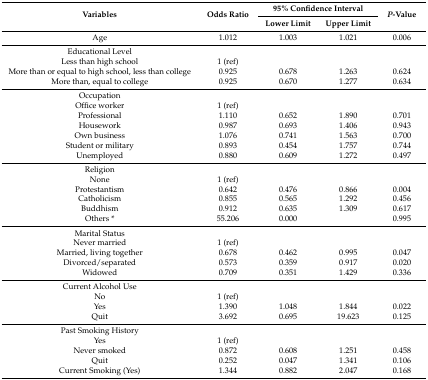
<table><thead><tr><td rowspan="2"><b>Variables</b></td><td rowspan="2"><b>Odds Ratio</b></td><td colspan="2"><b>95% Confidence Interval</b></td><td rowspan="2"><b><i>P</i>-Value</b></td></tr><tr><td><b>Lower Limit</b></td><td><b>Upper Limit</b></td></tr></thead><tbody><tr><td>Age</td><td>1.012</td><td>1.003</td><td>1.021</td><td>0.006</td></tr><tr><td>Educational Level</td><td></td><td></td><td></td><td></td></tr><tr><td>Less than high school</td><td>1 (ref)</td><td></td><td></td><td></td></tr><tr><td>More than or equal to high school, less than college</td><td>0.925</td><td>0.678</td><td>1.263</td><td>0.624</td></tr><tr><td>More than, equal to college</td><td>0.925</td><td>0.670</td><td>1.277</td><td>0.634</td></tr><tr><td>Occupation</td><td></td><td></td><td></td><td></td></tr><tr><td>Office worker</td><td>1 (ref)</td><td></td><td></td><td></td></tr><tr><td>Professional</td><td>1.110</td><td>0.652</td><td>1.890</td><td>0.701</td></tr><tr><td>Housework</td><td>0.987</td><td>0.693</td><td>1.406</td><td>0.943</td></tr><tr><td>Own business</td><td>1.076</td><td>0.741</td><td>1.563</td><td>0.700</td></tr><tr><td>Student or military</td><td>0.893</td><td>0.454</td><td>1.757</td><td>0.744</td></tr><tr><td>Unemployed</td><td>0.880</td><td>0.609</td><td>1.272</td><td>0.497</td></tr><tr><td>Religion</td><td></td><td></td><td></td><td></td></tr><tr><td>None</td><td>1 (ref)</td><td></td><td></td><td></td></tr><tr><td>Protestantism</td><td>0.642</td><td>0.476</td><td>0.866</td><td>0.004</td></tr><tr><td>Catholicism</td><td>0.855</td><td>0.565</td><td>1.292</td><td>0.456</td></tr><tr><td>Buddhism</td><td>0.912</td><td>0.635</td><td>1.309</td><td>0.617</td></tr><tr><td>Others *</td><td>55.206</td><td>0.000</td><td></td><td>0.995</td></tr><tr><td>Marital Status</td><td></td><td></td><td></td><td></td></tr><tr><td>Never married</td><td>1 (ref)</td><td></td><td></td><td></td></tr><tr><td>Married, living together</td><td>0.678</td><td>0.462</td><td>0.995</td><td>0.047</td></tr><tr><td>Divorced/separated</td><td>0.573</td><td>0.359</td><td>0.917</td><td>0.020</td></tr><tr><td>Widowed</td><td>0.709</td><td>0.351</td><td>1.429</td><td>0.336</td></tr><tr><td>Current Alcohol Use</td><td></td><td></td><td></td><td></td></tr><tr><td>No</td><td>1 (ref)</td><td></td><td></td><td></td></tr><tr><td>Yes</td><td>1.390</td><td>1.048</td><td>1.844</td><td>0.022</td></tr><tr><td>Quit</td><td>3.692</td><td>0.695</td><td>19.623</td><td>0.125</td></tr><tr><td>Past Smoking History</td><td></td><td></td><td></td><td></td></tr><tr><td>Yes</td><td>1 (ref)</td><td></td><td></td><td></td></tr><tr><td>Never smoked</td><td>0.872</td><td>0.608</td><td>1.251</td><td>0.458</td></tr><tr><td>Quit</td><td>0.252</td><td>0.047</td><td>1.341</td><td>0.106</td></tr><tr><td>Current Smoking (Yes)</td><td>1.344</td><td>0.882</td><td>2.047</td><td>0.168</td></tr></tbody></table>